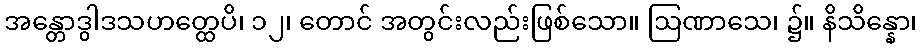
အန္တောဒွါဒသဟတ္ထေပိ၊ ၁၂၊ တောင် အတွင်းလည်းဖြစ်သော။ ဩဏာသေ၊ ၌။ နိသိန္နော၊